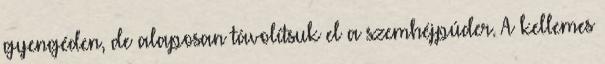
gyengéden, de alaposan távolítsuk el a szemhéjpúder. A kellemes